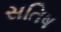
સતિષ